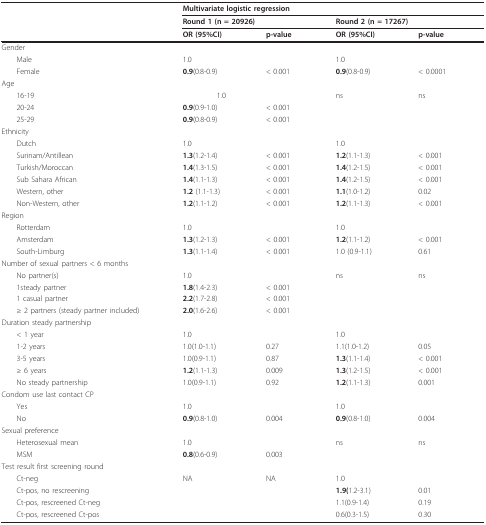
<table><thead><tr><td></td><td colspan="4"><b>Multivariate logistic regression</b></td></tr><tr><td></td><td colspan="2"><b>Round 1 (n = 20926)</b></td><td colspan="2"><b>Round 2 (n = 17267)</b></td></tr><tr><td></td><td><b>OR (95%CI)</b></td><td><b>p-value</b></td><td><b>OR (95%CI)</b></td><td><b>p-value</b></td></tr></thead><tbody><tr><td>Gender</td><td></td><td></td><td></td><td></td></tr><tr><td> Male</td><td>1.0</td><td></td><td>1.0</td><td></td></tr><tr><td> Female</td><td><b>0.9</b>(0.8-0.9)</td><td>&lt; 0.001</td><td><b>0.9</b>(0.8-0.9)</td><td>&lt; 0.0001</td></tr><tr><td>Age</td><td></td><td></td><td></td><td></td></tr><tr><td> 16-19</td><td>1.0</td><td></td><td>ns</td><td>ns</td></tr><tr><td> 20-24</td><td><b>0.9</b>(0.9-1.0)</td><td>&lt; 0.001</td><td></td><td></td></tr><tr><td> 25-29</td><td><b>0.9</b>(0.8-0.9)</td><td>&lt; 0.001</td><td></td><td></td></tr><tr><td>Ethnicity</td><td></td><td></td><td></td><td></td></tr><tr><td> Dutch</td><td>1.0</td><td></td><td>1.0</td><td></td></tr><tr><td> Surinam/Antillean</td><td><b>1.3</b>(1.2-1.4)</td><td>&lt; 0.001</td><td><b>1.2</b>(1.1-1.3)</td><td>&lt; 0.001</td></tr><tr><td> Turkish/Moroccan</td><td><b>1.4</b>(1.3-1.5)</td><td>&lt; 0.001</td><td><b>1.4</b>(1.2-1.5)</td><td>&lt; 0.001</td></tr><tr><td> Sub Sahara African</td><td><b>1.4</b>(1.1-1.3)</td><td>&lt; 0.001</td><td><b>1.4</b>(1.2-1.5)</td><td>&lt; 0.001</td></tr><tr><td> Western, other</td><td><b>1.2 </b>(1.1-1.3)</td><td>&lt; 0.001</td><td><b>1.1</b>(1.0-1.2)</td><td>0.02</td></tr><tr><td> Non-Western, other</td><td><b>1.2</b>(1.1-1.2)</td><td>&lt; 0.001</td><td><b>1.2</b>(1.1-1.3)</td><td>&lt; 0.001</td></tr><tr><td>Region</td><td></td><td></td><td></td><td></td></tr><tr><td> Rotterdam</td><td>1.0</td><td></td><td>1.0</td><td></td></tr><tr><td> Amsterdam</td><td><b>1.3</b>(1.2-1.3)</td><td>&lt; 0.001</td><td><b>1.2</b>(1.1-1.2)</td><td>&lt; 0.001</td></tr><tr><td> South-Limburg</td><td><b>1.3</b>(1.1-1.4)</td><td>&lt; 0.001</td><td>1.0 (0.9-1.1)</td><td>0.61</td></tr><tr><td>Number of sexual partners &lt; 6 months</td><td></td><td></td><td></td><td></td></tr><tr><td> No partner(s)</td><td>1.0</td><td></td><td>ns</td><td>ns</td></tr><tr><td> 1steady partner</td><td><b>1.8</b>(1.4-2.3)</td><td>&lt; 0.001</td><td></td><td></td></tr><tr><td> 1 casual partner</td><td><b>2.2</b>(1.7-2.8)</td><td>&lt; 0.001</td><td></td><td></td></tr><tr><td> ≥ 2 partners (steady partner included)</td><td><b>2.0</b>(1.6-2.6)</td><td>&lt; 0.001</td><td></td><td></td></tr><tr><td>Duration steady partnership</td><td></td><td></td><td></td><td></td></tr><tr><td> &lt; 1 year</td><td>1.0</td><td></td><td>1.0</td><td></td></tr><tr><td> 1-2 years</td><td>1.0(1.0-1.1)</td><td>0.27</td><td>1.1(1.0-1.2)</td><td>0.05</td></tr><tr><td> 3-5 years</td><td>1.0(0.9-1.1)</td><td>0.87</td><td><b>1.3</b>(1.1-1.4)</td><td>&lt; 0.001</td></tr><tr><td> ≥ 6 years</td><td><b>1.2</b>(1.1-1.3)</td><td>0.009</td><td><b>1.3</b>(1.2-1.5)</td><td>&lt; 0.001</td></tr><tr><td> No steady partnership</td><td>1.0(0.9-1.1)</td><td>0.92</td><td><b>1.2</b>(1.1-1.3)</td><td>0.001</td></tr><tr><td>Condom use last contact CP</td><td></td><td></td><td></td><td></td></tr><tr><td> Yes</td><td>1.0</td><td></td><td>1.0</td><td></td></tr><tr><td> No</td><td><b>0.9</b>(0.8-1.0)</td><td>0.004</td><td><b>0.9</b>(0.8-1.0)</td><td>0.004</td></tr><tr><td>Sexual preference</td><td></td><td></td><td></td><td></td></tr><tr><td> Heterosexual mean</td><td>1.0</td><td></td><td>ns</td><td>ns</td></tr><tr><td> MSM</td><td><b>0.8</b>(0.6-0.9)</td><td>0.003</td><td></td><td></td></tr><tr><td>Test result first screening round</td><td></td><td></td><td></td><td></td></tr><tr><td> Ct-neg</td><td>NA</td><td>NA</td><td>1.0</td><td></td></tr><tr><td> Ct-pos, no rescreening</td><td></td><td></td><td><b>1.9(</b>1.2-3.1)</td><td>0.01</td></tr><tr><td> Ct-pos, rescreened Ct-neg</td><td></td><td></td><td>1.1(0.9-1.4)</td><td>0.19</td></tr><tr><td> Ct-pos, rescreened Ct-pos</td><td></td><td></td><td>0.6(0.3-1.5)</td><td>0.30</td></tr></tbody></table>